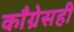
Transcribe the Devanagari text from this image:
काँग्रेसही